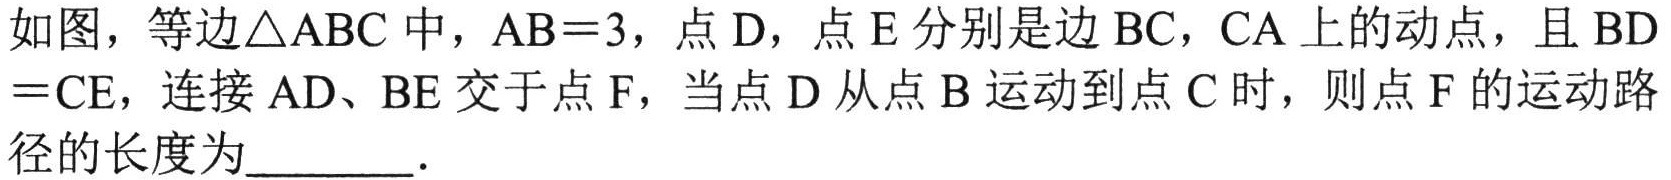
如图，等边$\triangle \mathrm{A}\mathrm{B}\mathrm{C}$中，$\mathrm{A}\mathrm{B}=3$，点$\mathrm{D}$，点$\mathrm{E}$分别是边$\mathrm{B}\mathrm{C}$，$\mathrm{C}\mathrm{A}$上的动点，且$\mathrm{B}\mathrm{D}=\mathrm{C}\mathrm{E}$，连接$\mathrm{A}\mathrm{D}$、$\mathrm{B}\mathrm{E}$交于点$\mathrm{F}$，当点$\mathrm{D}$从点$\mathrm{B}$运动到点$\mathrm{C}$时，则点$\mathrm{F}$的运动路径的长度为________．